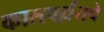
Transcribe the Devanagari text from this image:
कालपर्य़ंतचे